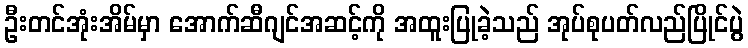
ဦးတင်အုံးအိမ်မှာ အောက်ဆီဂျင်အဆင့်ကို အထူးပြုခဲ့သည် အုပ်စုပတ်လည်ပြိုင်ပွဲ